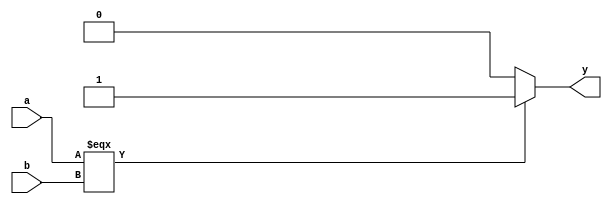
`timescale 1ns / 1ps
//////////////////////////////////////////////////////////////////////////////////
// Company: 
// Engineer: 
// 
// Design Name: 
// Module Name: eqcmp
// Project Name: 
// Target Devices: 
// Tool Versions: 
// Description: 
// 
// Dependencies: 
// 
// Revision:
// Revision 0.01 - File Created
// Additional Comments:
// 
//////////////////////////////////////////////////////////////////////////////////


module eqcmp(
input [31:0] a,b,
output y
    );
    assign y=(a===b) ? 1 : 0;
endmodule